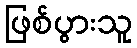
ဖြစ်ပွားသူ